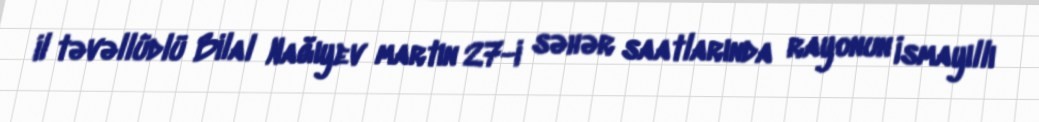
il təvəllüdlü Bilal Nağıyev martın 27-i səhər saatlarında rayonun İsmayıllı